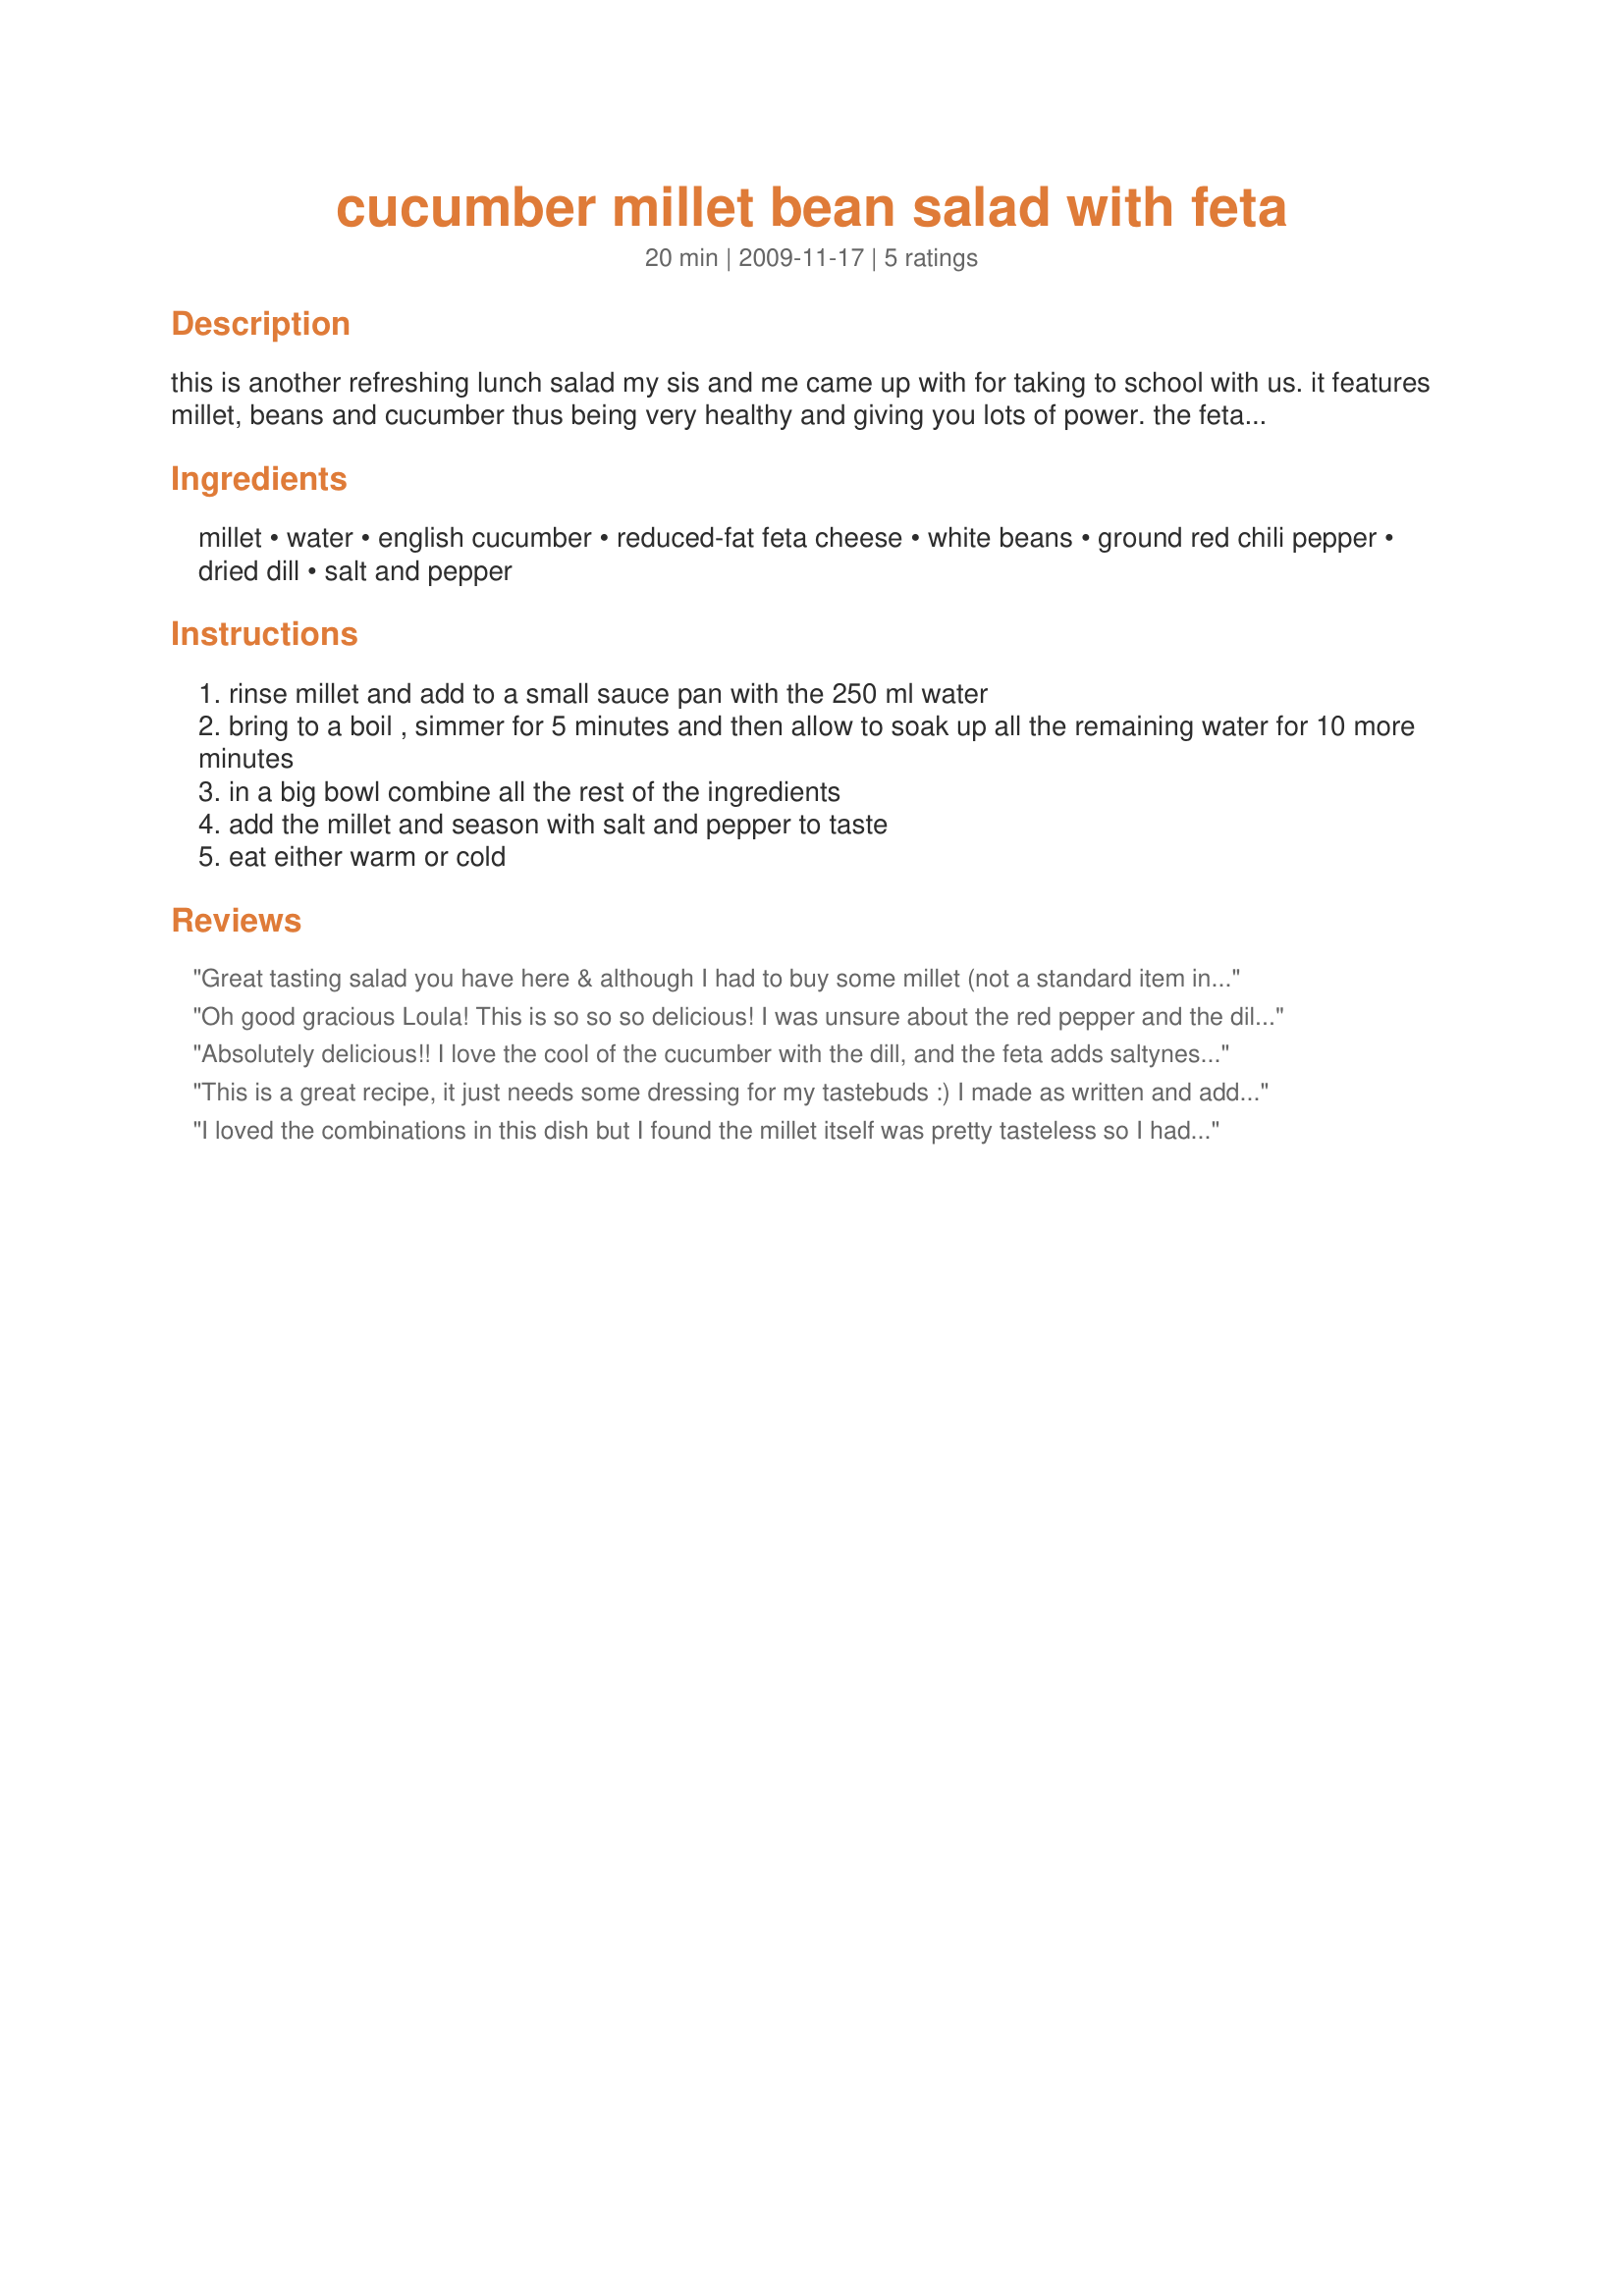
cucumber millet bean salad with feta
Preparation time: 20 minutes

this is another refreshing lunch salad my sis and me came up with for taking to school with us. it features millet, beans and cucumber thus being very healthy and giving you lots of power. the feta makes a nice salty addition without adding too many calories.

Ingredients:
millet, water, english cucumber, reduced-fat feta cheese, white beans, ground red chili pepper, dried dill, salt and pepper

Steps:
rinse millet and add to a small sauce pan with the 250 ml water
bring to a boil , simmer for 5 minutes and then allow to soak up all the remaining water for 10 more minutes
in a big bowl combine all the rest of the ingredients
add the millet and season with salt and pepper to taste
eat either warm or cold

Reviews:
Great tasting salad you have here & although I had to buy some millet (not a standard item in my kitchen) it was well worth it, 'cause this great new salad will show up again on my table, thanks to you! I was a little short with the red chili pepper, but it did give it a nice little kick, & over the past 6 months or so I've become a serious fan of feta! [Made & reviewed in 1-2-3 Hit Wonders tag]
Oh good gracious Loula! This is so so so delicious! I was unsure about the red pepper and the dill but they just went perfectly together! The coolness of the cucumbers and the saltiness of the feta with the nutiness of the barley -- it made my tastebuds dance and sing! I did use barley and added about 2 Tbs of fat free yogurt because my feta was quite dry since it was fat free. I ate this over whole wheat pita bread, and at some point got sick of the whole "placing salad on the pita before eating routine" and just tore some up and mixed it in. I am also embarrassed to admit that at another point I had a piece of pita with salad on top in one hand and my fork in the bowl with the other hand alternating back and forth. Needless to say I am quite full! This is so delicious! You must try this!!! Made for Veg'n Swap March 2010 as a recipenap!
Absolutely delicious!! I love the cool of the cucumber with the dill, and the feta adds saltyness without any extra salt. I did add a bit of fresh ground pepper, but otherwise, it didn't need a thing! Love it, love it, love it! Made for 1-2-3 Hits.
This is a great recipe, it just needs some dressing for my tastebuds :) I made as written and added my favourite herb dressing, and it was perfect! Thanks for sharing!&lt;br/&gt;Made for Sprang Pantry Clean out in the Diabetes Forum
I loved the combinations in this dish but I found the millet itself was pretty tasteless so I had to up the flavorings to make it really tasty. Particularly the red pepper flakes. I think this would be especially wonderful with just quinoa or a combination of millet and quinoa but, made with millet alone, I found it a little bland.
